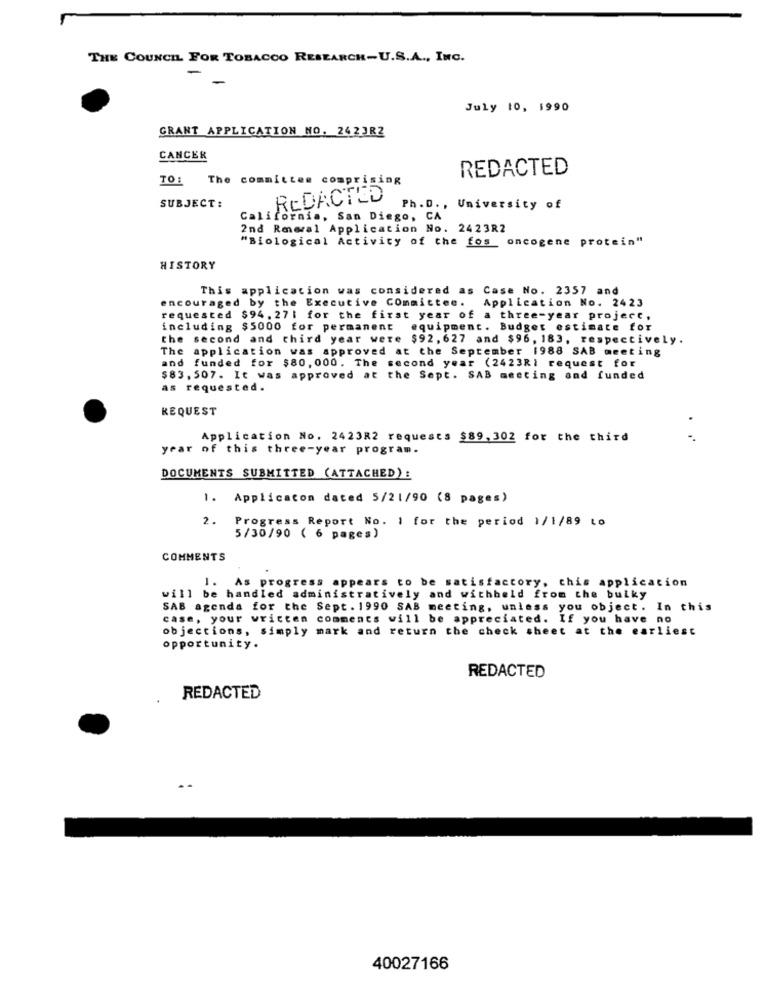
THE COUNCIL FOR TOBACCO RESEARCH-U.S.A ., INC.
July 10, 1990
GRANT APPLICATION NO. 2423RZ
CANCER
REDACTED
TO :
The committee comprising
SUBJECT:
REDACTED
Ph.D ., University of
California, San Diego, CA
2nd Rmeral Application No. 2423R2
"Biological Activity of the fos oncogene protein"
HISTORY
This application was considered as Case No. 2357 and
encouraged by the Executive Committee.
Application No. 2423
requested $94, 271 for the first year of a three-year project,
including $5000 for permanent
equipment. Budget estimate for
the second and third year were $92,627 and $96, 183, respectively.
The application was approved at the September 1988 SAB meeting
and funded for $80, 000. The second year (2423Ri request for
$83, 507. It was approved at the Sept. SAB meeting and funded
as requested.
REQUEST
Application No. 242382 requests $89,302 for the third
. .
year of this three-year program.
DOCUMENTS SUBMITTED (ATTACHED):
1. Applicacon dated 5/21/90 (8 pages)
2.
Progress Report No. 1 for the period 1/1/89 co
5/30/90 ( 6 pages)
COMMENTS
. As progress appears to be satisfactory, this application
will be handled administratively and withheld from the bulky
SAB agenda for the Sept. 1990 SAB meeting, unless you object. In this
case, your written comments will be appreciated. If you have no
objections, simply mark and return the check sheet at the earliest
opportunity.
REDACTED
REDACTED
40027166